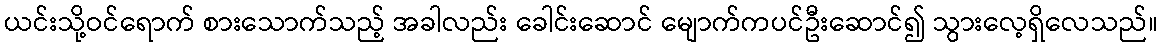
ယင်းသို့ဝင်ရောက် စားသောက်သည့် အခါလည်း ခေါင်းဆောင် မျောက်ကပင်ဦးဆောင်၍ သွားလေ့ရှိလေသည်။